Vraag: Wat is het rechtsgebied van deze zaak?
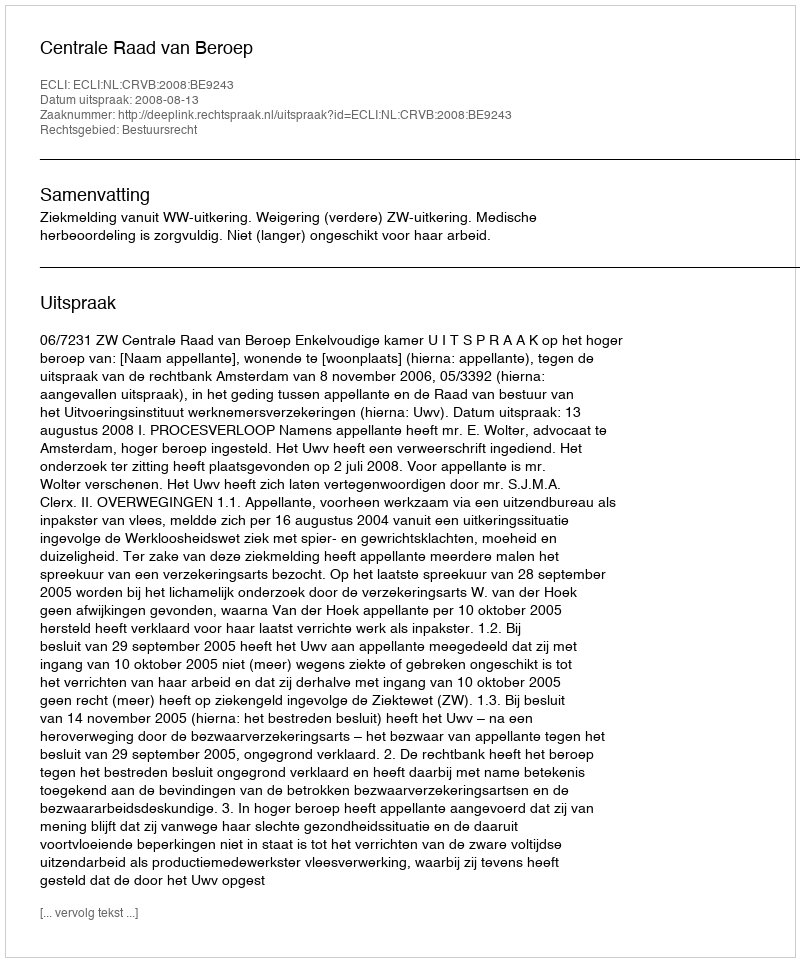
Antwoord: Bestuursrecht